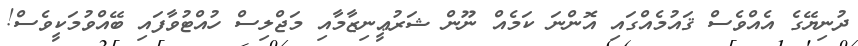
ދުނިޔޭގެ އެއްވެސް ޤައުމެއްގައި އޮންނަ ކަމެއް ނޫން ޝަރުޢީނިޒާމާއި މަޖްލިސް ހުއްޓުވާފައި ބޭއްވުމަކީވެސް!